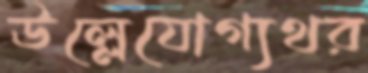
ঊল্লেযোগ্যথর